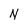
Character: N